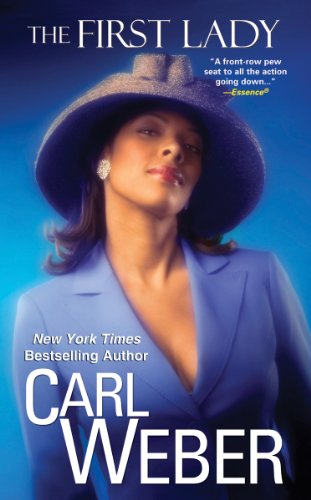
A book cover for The First Lady (The Church Series); Carl Weber; Romance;